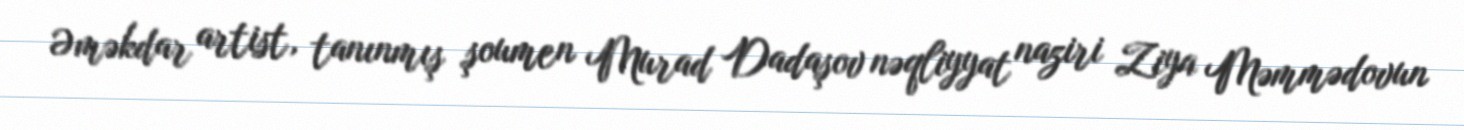
Əməkdar artist, tanınmış şoumen Murad Dadaşov nəqliyyat naziri Ziya Məmmədovun